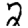
Digit: 2